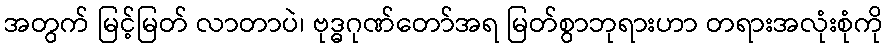
အတွက် မြင့်မြတ် လာတာပဲ၊ ဗုဒ္ဓဂုဏ်တော်အရ မြတ်စွာဘုရားဟာ တရားအလုံးစုံကို